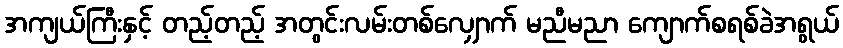
အကျယ်ကြီးနှင့် တည့်တည့် အတွင်းလမ်းတစ်လျှောက် မညီမညာ ကျောက်စရစ်ခဲအရွယ်